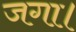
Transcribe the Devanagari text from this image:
जगा।